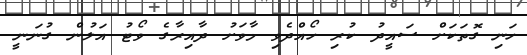
ހަނި ގޮތަކަށް ސައީދު ކުރި ހޯއްދެވި މާވަށު ދާއިރާގެ ވޯޓު އަލުން ގުނަނީ